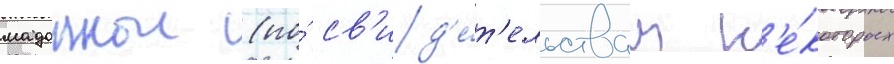
мадоннои (по́ св'ид'е́т'ельствам н'е́которых